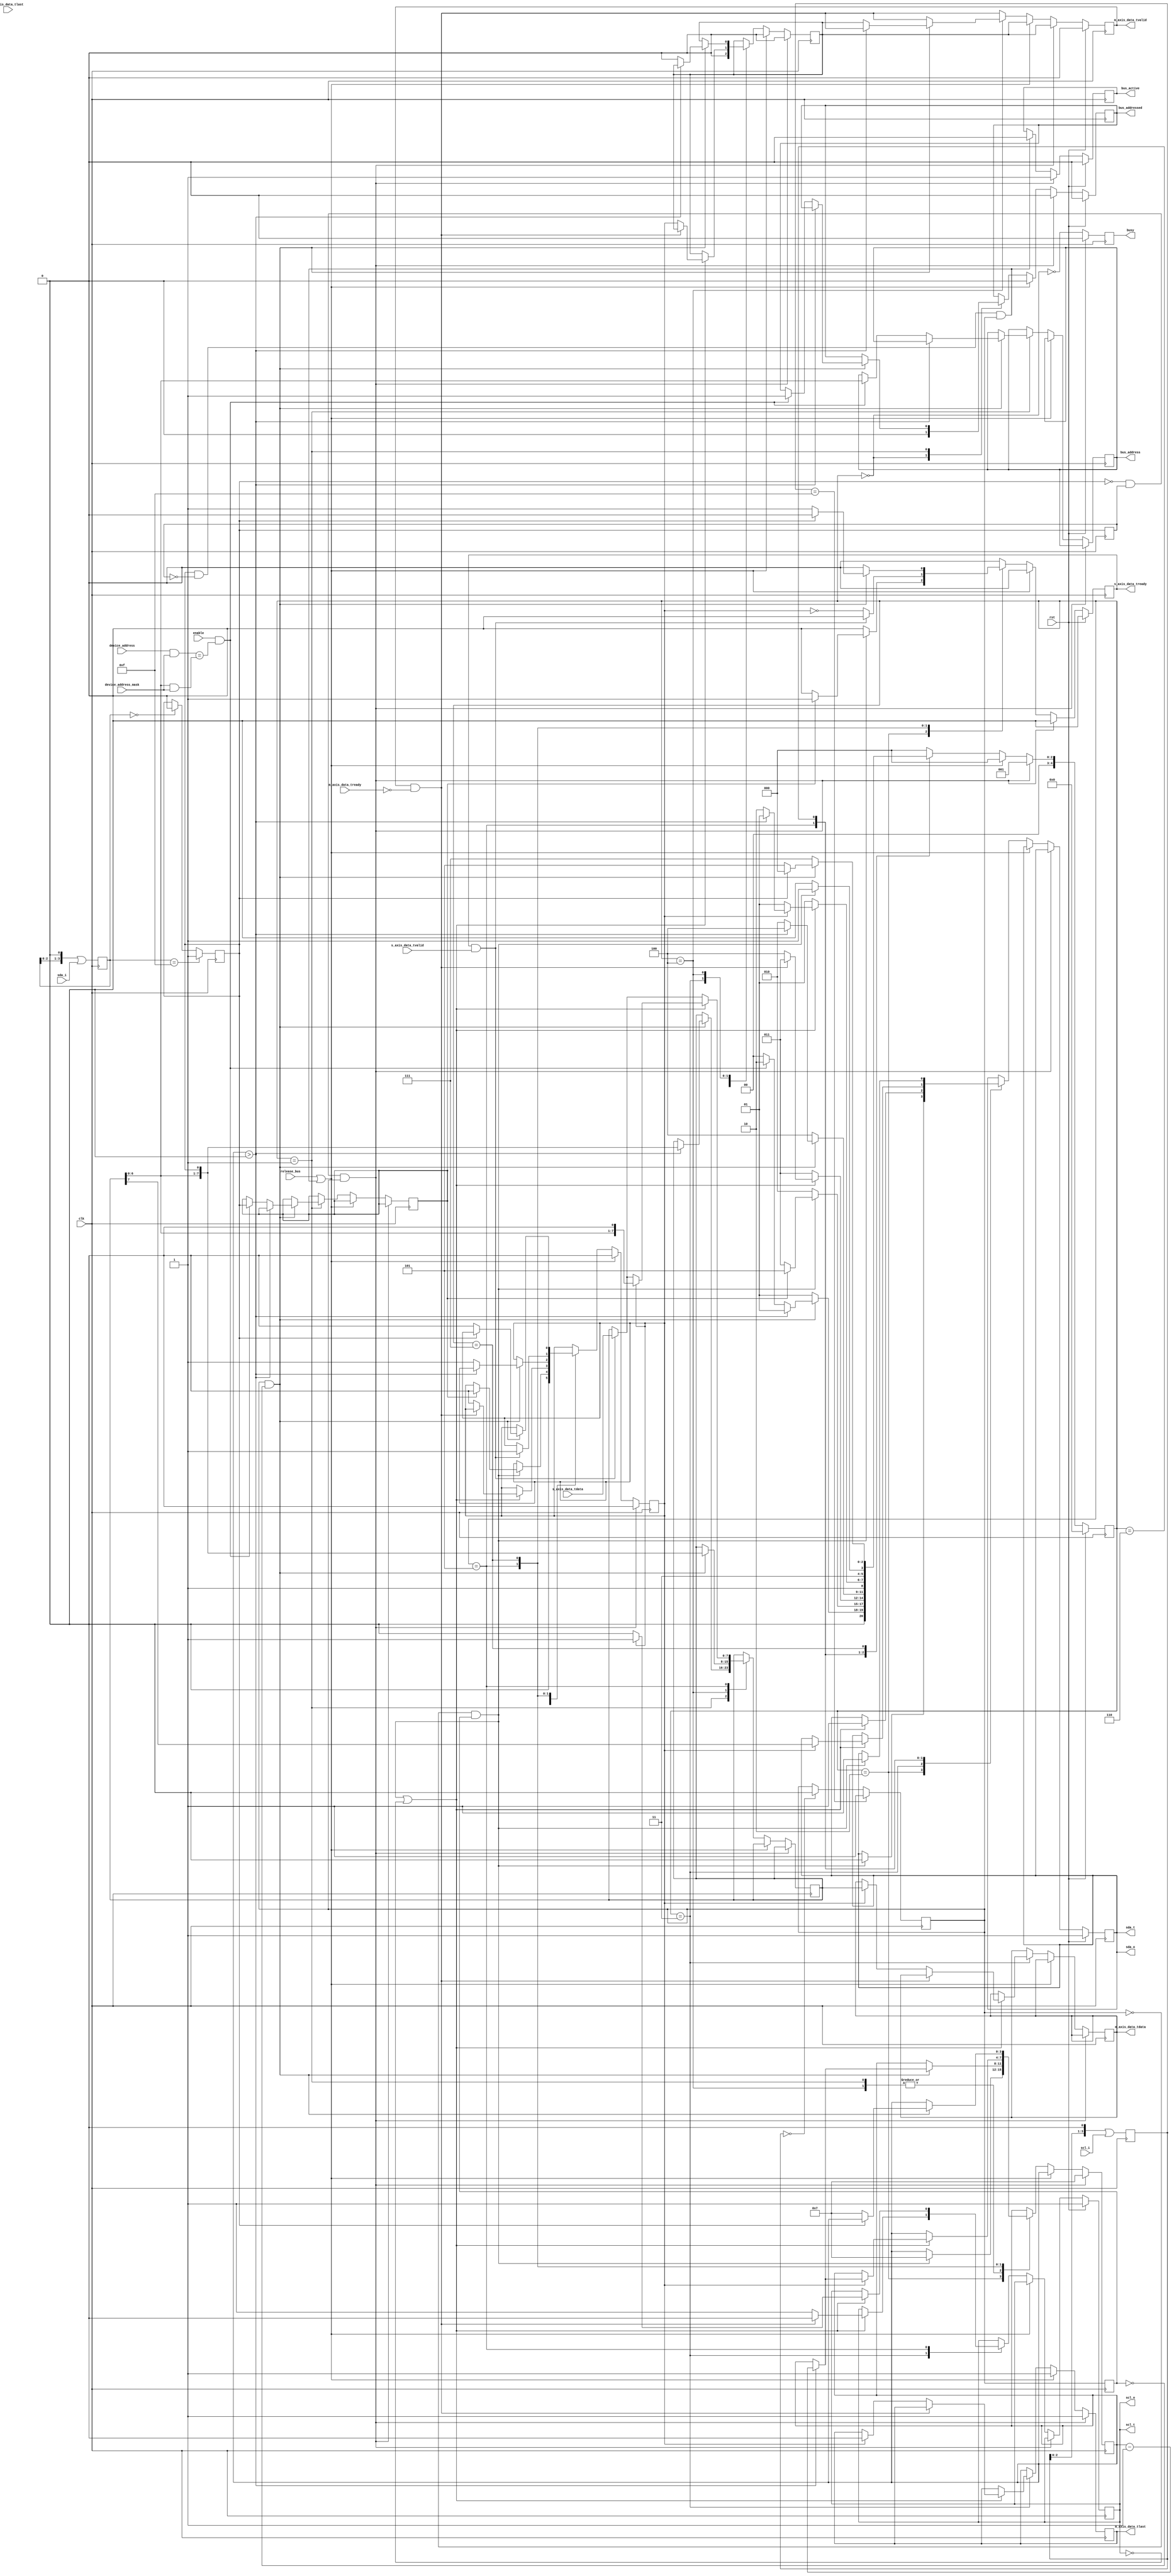
/*

Copyright (c) 2017 Alex Forencich

Permission is hereby granted, free of charge, to any person obtaining a copy
of this software and associated documentation files (the "Software"), to deal
in the Software without restriction, including without limitation the rights
to use, copy, modify, merge, publish, distribute, sublicense, and/or sell
copies of the Software, and to permit persons to whom the Software is
furnished to do so, subject to the following conditions:

The above copyright notice and this permission notice shall be included in
all copies or substantial portions of the Software.

THE SOFTWARE IS PROVIDED "AS IS", WITHOUT WARRANTY OF ANY KIND, EXPRESS OR
IMPLIED, INCLUDING BUT NOT LIMITED TO THE WARRANTIES OF MERCHANTABILITY
FITNESS FOR A PARTICULAR PURPOSE AND NONINFRINGEMENT. IN NO EVENT SHALL THE
AUTHORS OR COPYRIGHT HOLDERS BE LIABLE FOR ANY CLAIM, DAMAGES OR OTHER
LIABILITY, WHETHER IN AN ACTION OF CONTRACT, TORT OR OTHERWISE, ARISING FROM,
OUT OF OR IN CONNECTION WITH THE SOFTWARE OR THE USE OR OTHER DEALINGS IN
THE SOFTWARE.

*/

// Language: Verilog 2001

`timescale 1ns / 1ps

/*
 * I2C slave
 */
module i2c_slave #(
    parameter FILTER_LEN = 4
)
(
    input wire         clk,
    input wire         rst,

    /*
     * Host interface
     */
    input  wire        release_bus,

    input  wire [7:0]  s_axis_data_tdata,
    input  wire        s_axis_data_tvalid,
    output wire        s_axis_data_tready,
    input  wire        s_axis_data_tlast,

    output wire [7:0]  m_axis_data_tdata,
    output wire        m_axis_data_tvalid,
    input  wire        m_axis_data_tready,
    output wire        m_axis_data_tlast,

    /*
     * I2C interface
     */
    input  wire        scl_i,
    output wire        scl_o,
    output wire        scl_t,
    input  wire        sda_i,
    output wire        sda_o,
    output wire        sda_t,

    /*
     * Status
     */
    output wire        busy,
    output wire [6:0]  bus_address,
    output wire        bus_addressed,
    output wire        bus_active,

    /*
     * Configuration
     */
    input  wire        enable,
    input  wire [6:0]  device_address,
    input  wire [6:0]  device_address_mask
);
/*

I2C

Read
    __    ___ ___ ___ ___ ___ ___ ___         ___ ___ ___ ___ ___ ___ ___ ___     ___ ___ ___ ___ ___ ___ ___ ___        __
sda   \__/_6_X_5_X_4_X_3_X_2_X_1_X_0_\_R___A_/_7_X_6_X_5_X_4_X_3_X_2_X_1_X_0_\_A_/_7_X_6_X_5_X_4_X_3_X_2_X_1_X_0_\_A____/
    ____   _   _   _   _   _   _   _   _   _   _   _   _   _   _   _   _   _   _   _   _   _   _   _   _   _   _   _   ____
scl  ST \_/ \_/ \_/ \_/ \_/ \_/ \_/ \_/ \_/ \_/ \_/ \_/ \_/ \_/ \_/ \_/ \_/ \_/ \_/ \_/ \_/ \_/ \_/ \_/ \_/ \_/ \_/ \_/ SP

Write
    __    ___ ___ ___ ___ ___ ___ ___ ___     ___ ___ ___ ___ ___ ___ ___ ___     ___ ___ ___ ___ ___ ___ ___ ___ ___    __
sda   \__/_6_X_5_X_4_X_3_X_2_X_1_X_0_/ W \_A_/_7_X_6_X_5_X_4_X_3_X_2_X_1_X_0_\_A_/_7_X_6_X_5_X_4_X_3_X_2_X_1_X_0_/ N \__/
    ____   _   _   _   _   _   _   _   _   _   _   _   _   _   _   _   _   _   _   _   _   _   _   _   _   _   _   _   ____
scl  ST \_/ \_/ \_/ \_/ \_/ \_/ \_/ \_/ \_/ \_/ \_/ \_/ \_/ \_/ \_/ \_/ \_/ \_/ \_/ \_/ \_/ \_/ \_/ \_/ \_/ \_/ \_/ \_/ SP


Operation:

This module translates I2C read and write operations into AXI stream transfers.
Bytes written over I2C will be delayed by one byte time so that the last byte
in a write operation can be accurately marked.  When reading, the module will
stretch SCL by holding it low until a data byte is presented at the AXI stream
input.  

Control:

release_bus
    releases control over bus

Status:

busy
    module is communicating over the bus

bus_address
    active address on bus when module is addressed

bus_addressed
    module is currently addressed on the bus

bus_active
    bus is active, not necessarily controlled by this module

Parameters:

device_address
    address of slave device

device_address_mask
    select which bits of device address to compare, set to 7'h7f
    to check all bits (single address device)

Example of interfacing with tristate pins:
(this will work for any tristate bus)

assign scl_i = scl_pin;
assign scl_pin = scl_t ? 1'bz : scl_o;
assign sda_i = sda_pin;
assign sda_pin = sda_t ? 1'bz : sda_o;

Equivalent code that does not use *_t connections:
(we can get away with this because I2C is open-drain)

assign scl_i = scl_pin;
assign scl_pin = scl_o ? 1'bz : 1'b0;
assign sda_i = sda_pin;
assign sda_pin = sda_o ? 1'bz : 1'b0;

Example of two interconnected I2C devices:

assign scl_1_i = scl_1_o & scl_2_o;
assign scl_2_i = scl_1_o & scl_2_o;
assign sda_1_i = sda_1_o & sda_2_o;
assign sda_2_i = sda_1_o & sda_2_o;

Example of two I2C devices sharing the same pins:

assign scl_1_i = scl_pin;
assign scl_2_i = scl_pin;
assign scl_pin = (scl_1_o & scl_2_o) ? 1'bz : 1'b0;
assign sda_1_i = sda_pin;
assign sda_2_i = sda_pin;
assign sda_pin = (sda_1_o & sda_2_o) ? 1'bz : 1'b0;

Notes:

scl_o should not be connected directly to scl_i, only via AND logic or a tristate
I/O pin.  This would prevent devices from stretching the clock period.

*/

localparam [4:0]
    STATE_IDLE = 4'd0,
    STATE_ADDRESS = 4'd1,
    STATE_ACK = 4'd2,
    STATE_WRITE_1 = 4'd3,
    STATE_WRITE_2 = 4'd4,
    STATE_READ_1 = 4'd5,
    STATE_READ_2 = 4'd6,
    STATE_READ_3 = 4'd7;

reg [4:0] state_reg = STATE_IDLE, state_next;

reg [6:0] addr_reg = 7'd0, addr_next;
reg [7:0] data_reg = 8'd0, data_next;
reg data_valid_reg = 1'b0, data_valid_next;
reg data_out_reg_valid_reg = 1'b0, data_out_reg_valid_next;
reg last_reg = 1'b0, last_next;

reg mode_read_reg = 1'b0, mode_read_next;

reg [3:0] bit_count_reg = 4'd0, bit_count_next;

reg s_axis_data_tready_reg = 1'b0, s_axis_data_tready_next;

reg [7:0] m_axis_data_tdata_reg = 8'd0, m_axis_data_tdata_next;
reg m_axis_data_tvalid_reg = 1'b0, m_axis_data_tvalid_next;
reg m_axis_data_tlast_reg = 1'b0, m_axis_data_tlast_next;

reg [FILTER_LEN-1:0] scl_i_filter = {FILTER_LEN{1'b1}};
reg [FILTER_LEN-1:0] sda_i_filter = {FILTER_LEN{1'b1}};

reg scl_i_reg = 1'b1;
reg sda_i_reg = 1'b1;

reg scl_o_reg = 1'b1, scl_o_next;
reg sda_o_reg = 1'b1, sda_o_next;

reg last_scl_i_reg = 1'b1;
reg last_sda_i_reg = 1'b1;

reg busy_reg = 1'b0;
reg bus_active_reg = 1'b0;
reg bus_addressed_reg = 1'b0, bus_addressed_next;

assign bus_address = addr_reg;

assign s_axis_data_tready = s_axis_data_tready_reg;

assign m_axis_data_tdata = m_axis_data_tdata_reg;
assign m_axis_data_tvalid = m_axis_data_tvalid_reg;
assign m_axis_data_tlast = m_axis_data_tlast_reg;

assign scl_o = scl_o_reg;
assign scl_t = scl_o_reg;
assign sda_o = sda_o_reg;
assign sda_t = sda_o_reg;

assign busy = busy_reg;
assign bus_active = bus_active_reg;
assign bus_addressed = bus_addressed_reg;

assign scl_posedge = scl_i_reg && !last_scl_i_reg;
assign scl_negedge = !scl_i_reg && last_scl_i_reg;
assign sda_posedge = sda_i_reg && !last_sda_i_reg;
assign sda_negedge = !sda_i_reg && last_sda_i_reg;

assign start_bit = sda_negedge && scl_i_reg;
assign stop_bit = sda_posedge && scl_i_reg;

always @* begin
    state_next = STATE_IDLE;

    addr_next = addr_reg;
    data_next = data_reg;
    data_valid_next = data_valid_reg;
    data_out_reg_valid_next = data_out_reg_valid_reg;
    last_next = last_reg;

    mode_read_next = mode_read_reg;

    bit_count_next = bit_count_reg;

    s_axis_data_tready_next = 1'b0;

    m_axis_data_tdata_next = m_axis_data_tdata_reg;
    m_axis_data_tvalid_next = m_axis_data_tvalid_reg && !m_axis_data_tready;
    m_axis_data_tlast_next = m_axis_data_tlast_reg;

    scl_o_next = scl_o_reg;
    sda_o_next = sda_o_reg;

    bus_addressed_next = bus_addressed_reg;

    if (start_bit) begin
        // got start bit, latch out data, read address
        data_valid_next = 1'b0;
        data_out_reg_valid_next = 1'b0;
        bit_count_next = 4'd7;
        m_axis_data_tlast_next = 1'b1;
        m_axis_data_tvalid_next = data_out_reg_valid_reg;
        bus_addressed_next = 1'b0;
        state_next = STATE_ADDRESS;
    end else if (release_bus || stop_bit) begin
        // got stop bit or release bus command, latch out data, return to idle
        data_valid_next = 1'b0;
        data_out_reg_valid_next = 1'b0;
        m_axis_data_tlast_next = 1'b1;
        m_axis_data_tvalid_next = data_out_reg_valid_reg;
        bus_addressed_next = 1'b0;
        state_next = STATE_IDLE;
    end else begin
        case (state_reg)
            STATE_IDLE: begin
                // line idle
                data_valid_next = 1'b0;
                data_out_reg_valid_next = 1'b0;
                bus_addressed_next = 1'b0;
                state_next = STATE_IDLE;
            end
            STATE_ADDRESS: begin
                // read address
                if (scl_posedge) begin
                    if (bit_count_reg > 0) begin
                        // shift in address
                        bit_count_next = bit_count_reg-1;
                        data_next = {data_reg[6:0], sda_i_reg};
                        state_next = STATE_ADDRESS;
                    end else begin
                        // check address
                        if (enable && (device_address & device_address_mask) == (data_reg[6:0] & device_address_mask)) begin
                            // it's a match, save read/write bit and send ACK
                            addr_next = data_reg[6:0];
                            mode_read_next = sda_i_reg;
                            bus_addressed_next = 1'b1;
                            state_next = STATE_ACK;
                        end else begin
                            // no match, return to idle
                            state_next = STATE_IDLE;
                        end
                    end
                end else begin
                    state_next = STATE_ADDRESS;
                end
            end
            STATE_ACK: begin
                // send ACK bit
                if (scl_negedge) begin
                    sda_o_next = 1'b0;
                    bit_count_next = 4'd7;
                    if (mode_read_reg) begin
                        // reading
                        s_axis_data_tready_next = 1'b1;
                        data_valid_next = 1'b0;
                        state_next = STATE_READ_1;
                    end else begin
                        // writing
                        state_next = STATE_WRITE_1;
                    end
                end else begin
                    state_next = STATE_ACK;
                end
            end
            STATE_WRITE_1: begin
                // write data byte
                if (scl_negedge || !scl_o_reg) begin
                    sda_o_next = 1'b1;
                    if (m_axis_data_tvalid && !m_axis_data_tready) begin
                        // data waiting in output register, so stretch clock
                        scl_o_next = 1'b0;
                        state_next = STATE_WRITE_1;
                    end else begin
                        scl_o_next = 1'b1;
                        if (data_valid_reg) begin
                            // store data in output register
                            m_axis_data_tdata_next = data_reg;
                            m_axis_data_tlast_next = 1'b0;
                        end
                        data_valid_next = 1'b0;
                        data_out_reg_valid_next = data_valid_reg;
                        state_next = STATE_WRITE_2;
                    end
                end else begin
                    state_next = STATE_WRITE_1;
                end
            end
            STATE_WRITE_2: begin
                // write data byte
                if (scl_posedge) begin
                    // shift in data bit
                    data_next = {data_reg[6:0], sda_i_reg};
                    if (bit_count_reg > 0) begin
                        bit_count_next = bit_count_reg-1;
                        state_next = STATE_WRITE_2;
                    end else begin
                        // latch out previous data byte since we now know it's not the last one
                        m_axis_data_tvalid_next = data_out_reg_valid_reg;
                        data_out_reg_valid_next = 1'b0;
                        data_valid_next = 1'b1;
                        state_next = STATE_ACK;
                    end
                end else begin
                    state_next = STATE_WRITE_2;
                end
            end
            STATE_READ_1: begin
                // read data byte
                if (s_axis_data_tready && s_axis_data_tvalid) begin
                    // data valid; latch it in
                    s_axis_data_tready_next = 1'b0;
                    data_next = s_axis_data_tdata;
                    data_valid_next = 1'b1;
                end else begin
                    // keep ready high if we're waiting for data
                    s_axis_data_tready_next = !data_valid_reg;
                end

                if (scl_negedge || !scl_o_reg) begin
                    // shift out data bit
                    if (!data_valid_reg) begin
                        // waiting for data, so stretch clock
                        scl_o_next = 1'b0;
                        state_next = STATE_READ_1;
                    end else begin
                        scl_o_next = 1'b1;
                        {sda_o_next, data_next} = {data_reg, 1'b0};
                        
                        if (bit_count_reg > 0) begin
                            bit_count_next = bit_count_reg-1;
                            state_next = STATE_READ_1;
                        end else begin
                            state_next = STATE_READ_2;
                        end
                    end
                end else begin
                    state_next = STATE_READ_1;
                end
            end
            STATE_READ_2: begin
                // read ACK bit
                if (scl_negedge) begin
                    // release SDA
                    sda_o_next = 1'b1;
                    state_next = STATE_READ_3;
                end else begin
                    state_next = STATE_READ_2;
                end
            end
            STATE_READ_3: begin
                // read ACK bit
                if (scl_posedge) begin
                    if (sda_i_reg) begin
                        // NACK, return to idle
                        state_next = STATE_IDLE;
                    end else begin
                        // ACK, read another byte
                        bit_count_next = 4'd7;
                        s_axis_data_tready_next = 1'b1;
                        data_valid_next = 1'b0;
                        state_next = STATE_READ_1;
                    end
                end else begin
                    state_next = STATE_READ_3;
                end
            end
        endcase
    end
end

always @(posedge clk) begin
    state_reg <= state_next;

    addr_reg <= addr_next;
    data_reg <= data_next;
    data_valid_reg <= data_valid_next;
    data_out_reg_valid_reg <= data_out_reg_valid_next;
    last_reg <= last_next;

    mode_read_reg <= mode_read_next;

    bit_count_reg <= bit_count_next;

    s_axis_data_tready_reg <= s_axis_data_tready_next;

    m_axis_data_tdata_reg <= m_axis_data_tdata_next;
    m_axis_data_tvalid_reg <= m_axis_data_tvalid_next;
    m_axis_data_tlast_reg <= m_axis_data_tlast_next;

    scl_i_filter <= (scl_i_filter << 1) | scl_i;
    sda_i_filter <= (sda_i_filter << 1) | sda_i;

    if (scl_i_filter == {FILTER_LEN{1'b1}}) begin
        scl_i_reg <= 1'b1;
    end else if (scl_i_filter == {FILTER_LEN{1'b0}}) begin
        scl_i_reg <= 1'b0;
    end

    if (sda_i_filter == {FILTER_LEN{1'b1}}) begin
        sda_i_reg <= 1'b1;
    end else if (sda_i_filter == {FILTER_LEN{1'b0}}) begin
        sda_i_reg <= 1'b0;
    end

    scl_o_reg <= scl_o_next;
    sda_o_reg <= sda_o_next;

    last_scl_i_reg <= scl_i_reg;
    last_sda_i_reg <= sda_i_reg;

    busy_reg <= !(state_reg == STATE_IDLE);

    if (start_bit) begin
        bus_active_reg <= 1'b1;
    end else if (stop_bit) begin
        bus_active_reg <= 1'b0;
    end else begin
        bus_active_reg <= bus_active_reg;
    end

    bus_addressed_reg <= bus_addressed_next;

    if (rst) begin
        state_reg <= STATE_IDLE;
        s_axis_data_tready_reg <= 1'b0;
        m_axis_data_tvalid_reg <= 1'b0;
        scl_o_reg <= 1'b1;
        sda_o_reg <= 1'b1;
        busy_reg <= 1'b0;
        bus_active_reg <= 1'b0;
        bus_addressed_reg <= 1'b0;
    end
end

endmodule